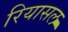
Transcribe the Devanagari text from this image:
रियासल